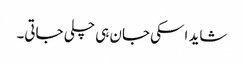
شاید اسکی جان ہی چلی جاتی۔